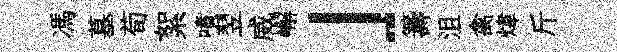
馮墓荀絮噴翌威嶰」籌沮禽煒斤